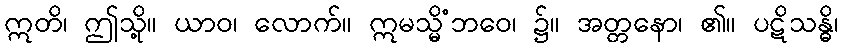
ဣတိ၊ ဤသို့။ ယာဝ၊ လောက်။ ဣမသ္မိံဘဝေ၊ ၌။ အတ္တနော၊ ၏။ ပဋိသန္ဓိ၊